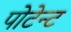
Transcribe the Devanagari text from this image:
पोटेन्ट